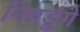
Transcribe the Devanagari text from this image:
निवडूंगे